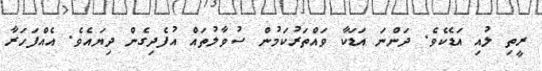
ރީތި ލުއި އަޑެކެވެ. ދަންނަ އަޑަކާ ވައްތަރުކަމުން ސުވާލުތައް އުފެދިގެން ދިޔައެވެ. އެއްފަހަރާ